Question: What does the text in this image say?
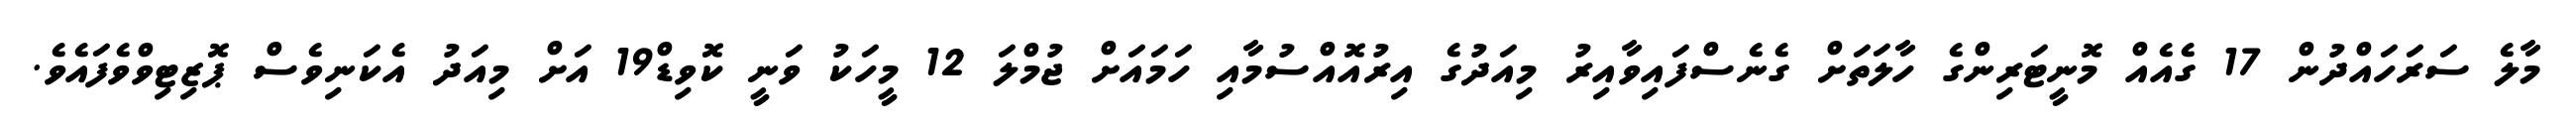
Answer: މާލެ ސަރަހައްދުން 17 ގެއެއް މޮނީޓަރިންގެ ހާލަތަށް ގެނެސްފައިވާއިރު މިއަދުގެ އިރުއޮއްސުމާއި ހަމައަށް ޖުމްލަ 12 މީހަކު ވަނީ ކޮވިޑް19 އަށް މިއަދު އެކަނިވެސް ޕޮޒިޓިވްވެފައެވެ.